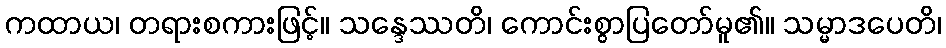
ကထာယ၊ တရားစကားဖြင့်။ သန္ဒေဿတိ၊ ကောင်းစွာပြတော်မူ၏။ သမ္မာဒပေတိ၊